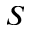
S